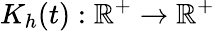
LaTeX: K_{h}(t):\mathbb{R}^{+}\rightarrow\mathbb{R}^{+}